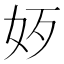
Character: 𡛃